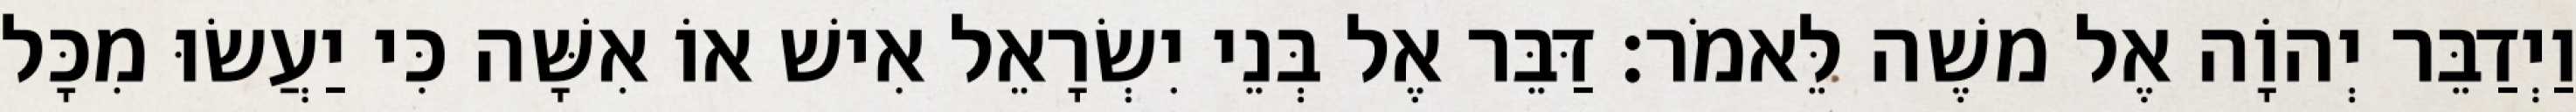
וַיְדַבֵּר יְהוָֹה אֶל משֶׁה לֵּאמֹר׃ דַּבֵּר אֶל בְּנֵי יִשְׂרָאֵל אִישׁ אוֹ אִשָּׁה כִּי יַעֲשׂוּ מִכָּל